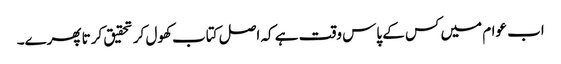
اب عوام میں کس کے پاس وقت ہے کہ اصل کتاب کھول کر تحقیق کرتا پھرے۔